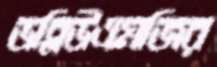
ডব্লিউএমজির